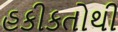
હકીકતોથી